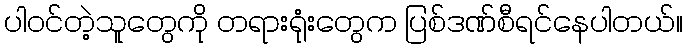
ပါဝင်တဲ့သူတွေကို တရားရုံးတွေက ပြစ်ဒဏ်စီရင်နေပါတယ်။